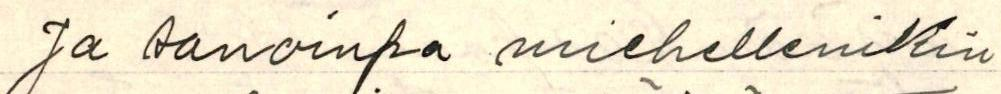
Ja sanoinpa miehellenikin